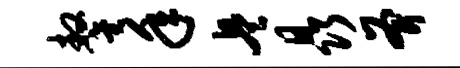
鏊年兵晶斧